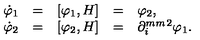
\begin{array} { r c c c l } { \dot { \varphi } _ { 1 } } & { = } & { [ \varphi _ { 1 } , H ] } & { = } & { \varphi _ { 2 } , } \\ { \dot { \varphi } _ { 2 } } & { = } & { [ \varphi _ { 2 } , H ] } & { = } & { \partial _ { i } ^ { \makebox [ 1 m m ] { } 2 } \varphi _ { 1 } . } \\ \end{array}